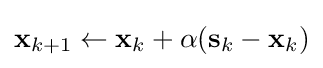
\mathbf {x} _{k+1}\leftarrow \mathbf {x} _{k}+\alpha (\mathbf {s} _{k}-\mathbf {x} _{k})